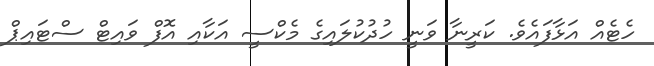
ހެޓެއް އަޅާފައެވެ. ކަރީނާ ވަނީ ހުދުކުލައިގެ މެކްސީ އަކާއި އޮފް ވައިޓް ސްޓައިޕް